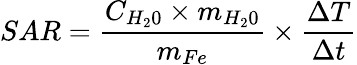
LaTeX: SAR=\frac{C_{H_{2}0}\times m_{H_{2}0}}{{m_{Fe}}}\times\frac{\Delta{T}}{\Delta{t}}